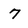
Character: 7